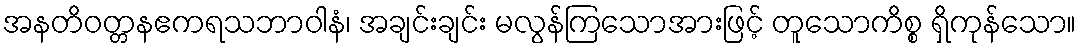
အနတိဝတ္တနဧကရသဘာဝါနံ၊ အချင်းချင်း မလွန်ကြသောအားဖြင့် တူသောကိစ္စ ရှိကုန်သော။